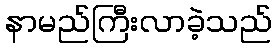
နာမည်ကြီးလာခဲ့သည်